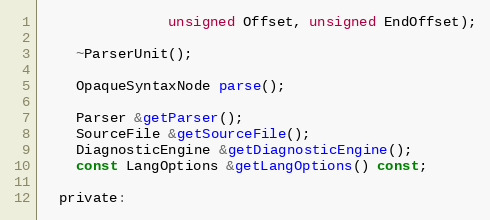
Language: C
               unsigned Offset, unsigned EndOffset);

    ~ParserUnit();

    OpaqueSyntaxNode parse();

    Parser &getParser();
    SourceFile &getSourceFile();
    DiagnosticEngine &getDiagnosticEngine();
    const LangOptions &getLangOptions() const;

  private: